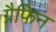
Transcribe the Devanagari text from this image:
ग्रैफिन